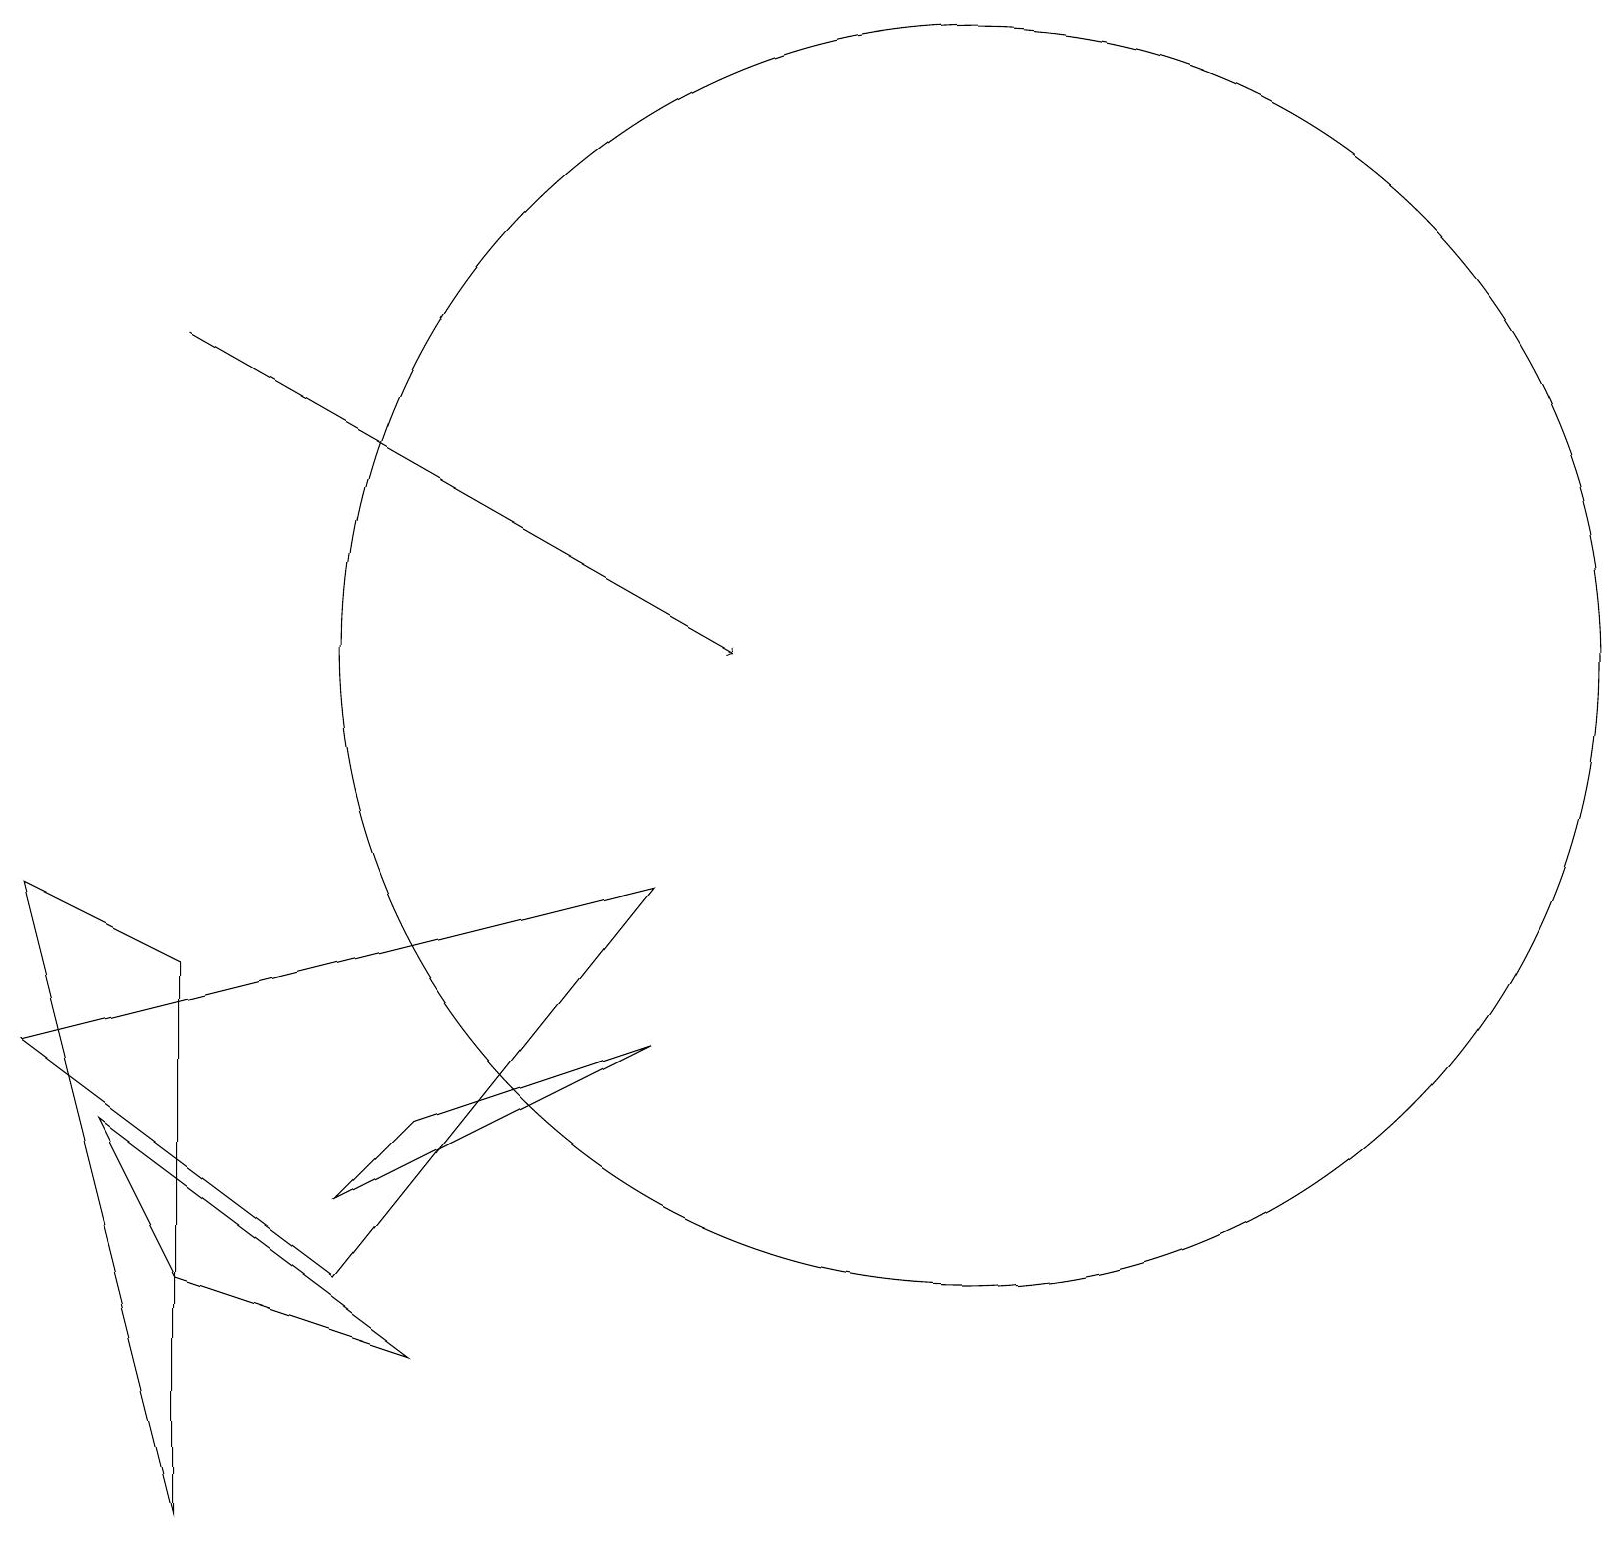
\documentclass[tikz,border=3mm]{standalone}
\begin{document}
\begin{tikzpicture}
\draw (1,5) -- (2,3) -- (5,2) -- cycle;
\draw (8,6) -- (4,4) -- (5,5) -- cycle;
\draw (2,0) -- (2,7) -- (0,8) -- cycle;
\draw (11,10) circle (0);
\draw[->] (2,15) -- (9,11);
\draw (0,6) -- (4,3) -- (8,8) -- cycle;
\draw (11,12) circle (0);
\draw (12,11) circle (8);
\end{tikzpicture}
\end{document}